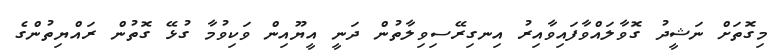
މިގޮތަށް ނަޝީދު ގޮވާލައްވާފައިވާއިރު އިނގިރޭސިވިލާތުން ދަނީ އީޔޫއިން ވަކިވުމާ ގުޅޭ ގޮތުން ރައްޔިތުންގެ